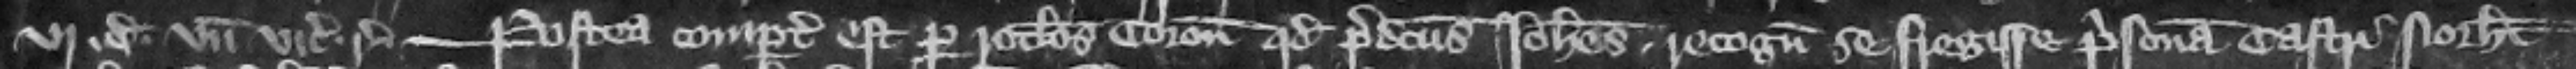
vj. d. vnde vicecomes respondeat. --- Postea compertum est per rotulos coronatoris quod predictus Iohannes recognouit se fregisse prisonam castri Northamton